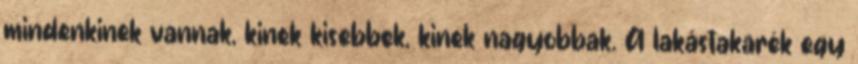
mindenkinek vannak, kinek kisebbek, kinek nagyobbak. A lakástakarék egy